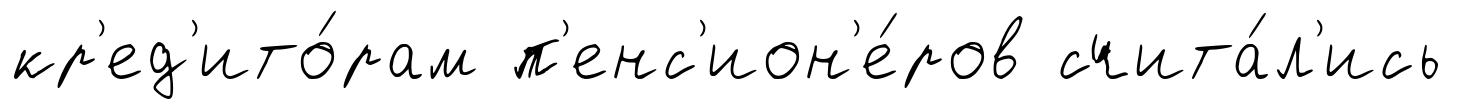
кр'ед'ито́рам п'енс'ион'е́ров счита́л'ись